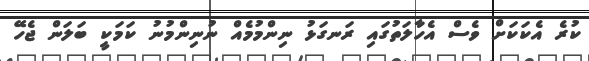
ކުރެ އެކަކަށް ވެސް އެހާލަތުގައި ރަނގަޅު ނިންމުމެއް ނުނިންމުނު ކަމަކީ ބަލަން ޖެހޭ